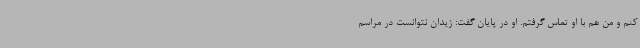
کنم و من هم با او تماس گرفتم. او در پایان گفت: زیدان نتوانست در مراسم